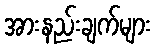
အားနည်းချက်များ